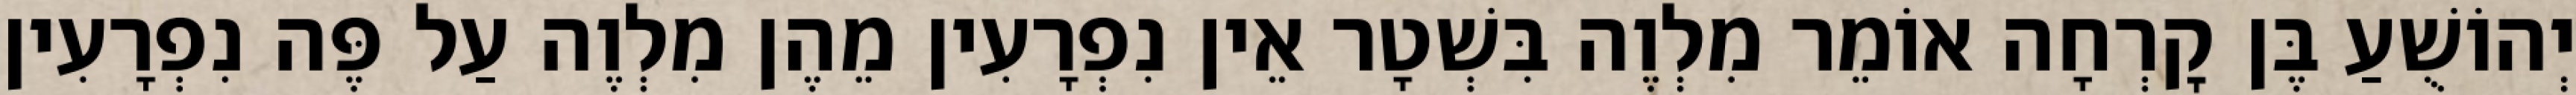
יְהוֹשֻׁעַ בֶּן קׇרְחָה אוֹמֵר מִלְוֶה בִּשְׁטָר אֵין נִפְרָעִין מֵהֶן מִלְוֶה עַל פֶּה נִפְרָעִין